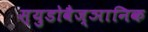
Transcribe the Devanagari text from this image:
स्युडोवैज्ञानिक